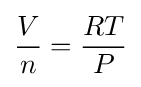
{\frac {V}{n}}={\frac {RT}{P}}